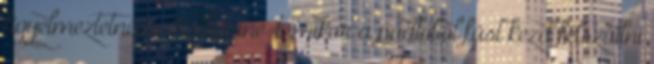
figyelmeztetné is Katherine-t, mikor a padlóból füst kezd felszállni